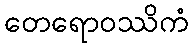
တေရောဝဿိကံ